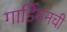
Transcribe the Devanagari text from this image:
गार्डियनची